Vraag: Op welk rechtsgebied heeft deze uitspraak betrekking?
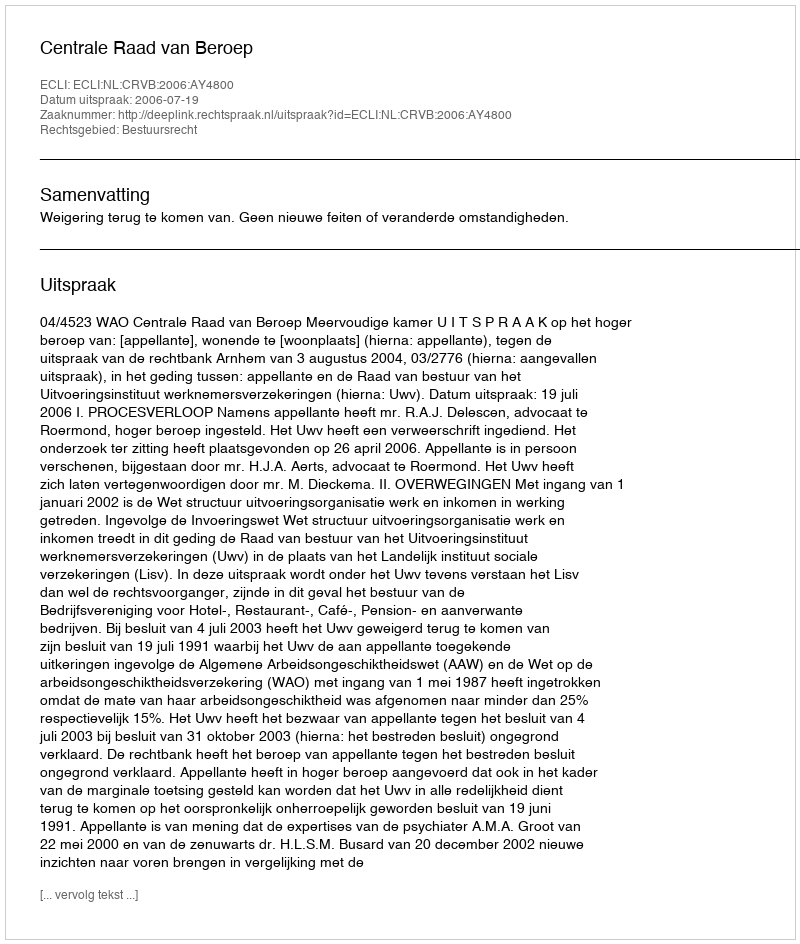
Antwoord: Bestuursrecht